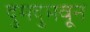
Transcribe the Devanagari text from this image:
दुमदुमवून